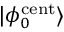
| \phi _ { 0 } ^ { \mathrm { c e n t } } \rangle